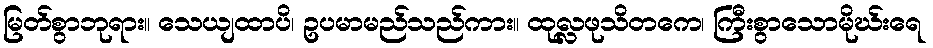
မြတ်စွာဘုရား။ သေယျထာပိ၊ ဥပမာမည်သည်ကား။ ထုလ္လဖုသိတကေ၊ ကြီးစွာသောမိုဃ်းရေ